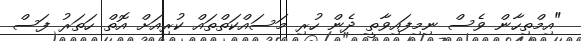
"އިމްތިހާން ވެސް ނިމިފައިވާތީ ދެން ހުރި މަސައްކަތްތައް ކުރިއަށް އޮތް ހަތަރު ފަސް